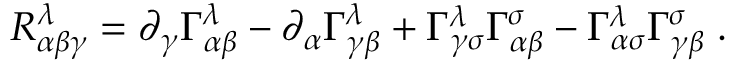
R _ { \alpha \beta \gamma } ^ { \lambda } = \partial _ { \gamma } \Gamma _ { \alpha \beta } ^ { \lambda } - \partial _ { \alpha } \Gamma _ { \gamma \beta } ^ { \lambda } + \Gamma _ { \gamma \sigma } ^ { \lambda } \Gamma _ { \alpha \beta } ^ { \sigma } - \Gamma _ { \alpha \sigma } ^ { \lambda } \Gamma _ { \gamma \beta } ^ { \sigma } \; .